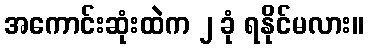
အကောင်းဆုံးထဲက ၂ ခုံ ရနိုင်မလား။